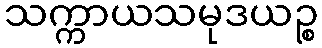
သက္ကာယသမုဒယဉ္စ